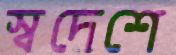
স্বদেশে